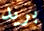
بريد